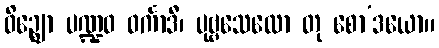
ဝိဉ္ဈော ပဏ္ဍဝ ဝင်္ကာဒီ၊ ပုဗ္ဗသေလော တု စော’ဒယော။